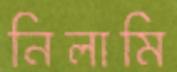
নিলামি